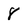
Character: 8